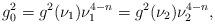
LaTeX: \begin{align*}g^{2}_{0}=g^{2}(\nu_{1})\nu_{1}^{4-n}=g^{2}(\nu_{2})\nu_{2}^{4-n},\end{align*}